Vaccination North-Western Provinces and Oudh 1878-1895 - 1878-1895
Year: 1878
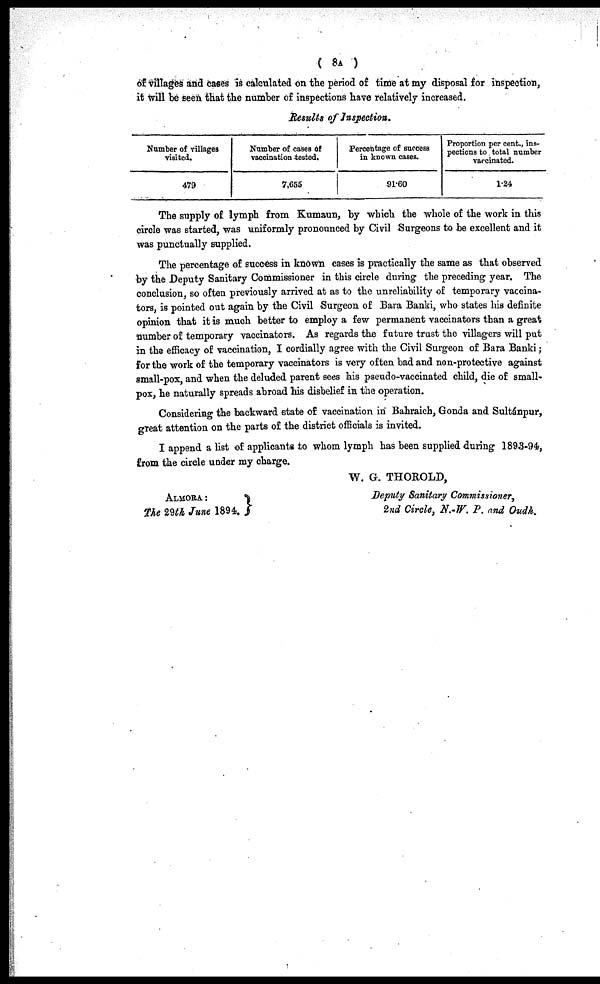
( 8A )
of villages and cases is calculated on the period of time at my disposal for inspection,
it will be seen that the number of inspections have relatively increased.
Results of Inspection.
Number of villages
visited.
479
Number of cases of
vaccination tested.
7,655
Percentage of success
in known cases.
91.60
Proportion per cent., ins-
pections to total number
vaccinated.
1.24
The supply of lymph from Kumaun, by which the whole of the work in this
circle was started, was uniformly pronounced by Civil Surgeons to be excellent and it
was punctually supplied.
The percentage of success in known cases is practically the same as that observed
by the Deputy Sanitary Commissioner in this circle during the preceding year. The
conclusion, so often previously arrived at as to the unreliability of temporary vaccina-
tors, is pointed out again by the Civil Surgeon of Bara Banki, who states his definite
opinion that it is much better to employ a few permanent vaccinators than a great
number of temporary vaccinators. As regards the future trust the villagers will put
in the efficacy of vaccination, I cordially agree with the Civil Surgeon of Bara Banki;
for the work of the temporary vaccinators is very often bad and non-protective against
small-pox, and when the deluded parent sees his pseudo-vaccinated child, die of small-
pox, he naturally spreads abroad his disbelief in the operation.
Considering the backward state of vaccination in Bahraich, Gonda and Sultánpur,
great attention on the parts of the district officials is invited.
I append a list of applicants to whom lymph has been supplied during 1893-94,
from the circle under my charge.
ALMORE:
The 29th June 1894.
W. G. THOROLD,
Deputy Sanitary Commissioner,
2nd Circle, N.-W. P. and Oudh.